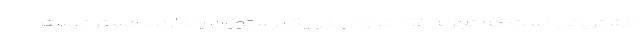
مشتریانی است که تجربه غذا خوردن در یک رستوران را دارند. مستر تیستر